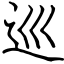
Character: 巡